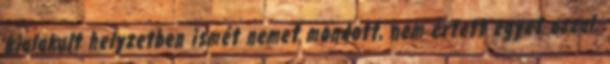
kialakult helyzetben ismét nemet mondott, nem értett egyet azzal,